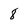
Character: 8